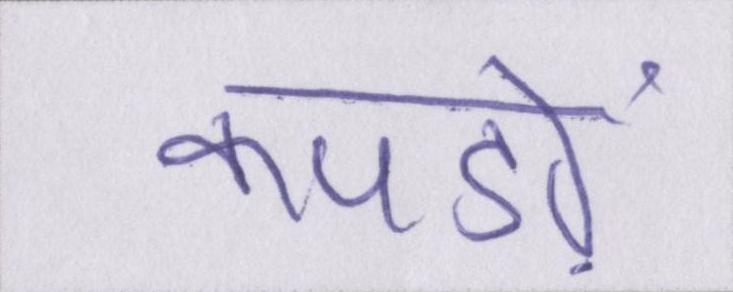
कपड़ों